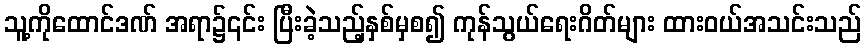
သူ့ကိုထောင်ဒဏ် အရာ၌၎င်း ပြီးခဲ့သည့်နှစ်မှစ၍ ကုန်သွယ်ရေးဂိတ်များ ထားဝယ်အသင်းသည်